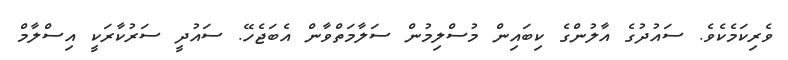
ވެރިކަމެކެވެ. ސައުދުގެ އާލުންގެ ކިބައިން މުސްލިމުން ސަލާމަތްވާން އެބަޖެހޭ. ސައުދީ ސަރުކާރަކީ އިސްލާމް